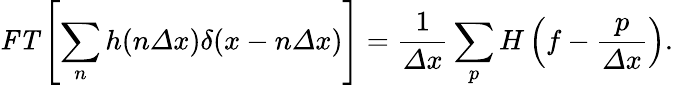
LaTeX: \textbf{\textit{FT}}\left[\sum_{n}h(n\mathit{\Delta}x)\delta(x-n\mathit{\Delta}x)\right]=\frac{1}{\mathit{\Delta}x}\sum_{p}H\left(f-\frac{p}{\mathit{\Delta}x}\right).